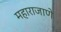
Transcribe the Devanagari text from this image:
महाराजाणे